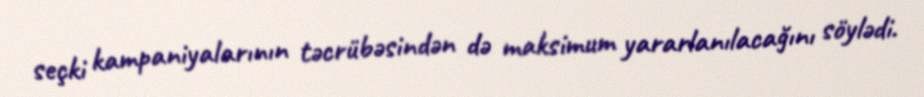
seçki kampaniyalarının təcrübəsindən də maksimum yararlanılacağını söylədi.